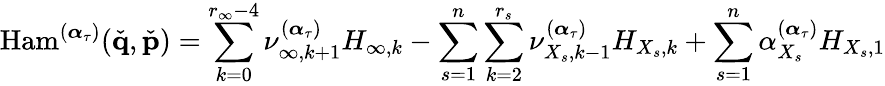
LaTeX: \mathrm{Ham}^{(\boldsymbol{\alpha}_{\tau})}(\check{\mathbf{q}},\check{\mathbf{p}})=\sum_{k=0}^{r_{\infty}-4}\nu_{\infty,k+1}^{(\boldsymbol{\alpha}_{\tau})}H_{\infty,k}-\sum_{s=1}^{n}\sum_{k=2}^{r_{s}}\nu_{X_{s},k-1}^{(\boldsymbol{\alpha}_{\tau})}H_{X_{s},k}+\sum_{s=1}^{n}\alpha_{X_{s}}^{(\boldsymbol{\alpha}_{\tau})}H_{X_{s},1}